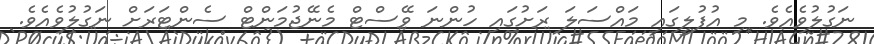
ނަގުލުވެއެވެ. މި އުފުލީގައި މައްސަލަ ރަށުގައި ހުންނަ ވޭސްޓް މެނޭޖުމަންޓް ސެންޓަރަށް ނަގުލުވެއެވެ.